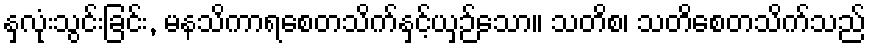
နှလုံးသွင်းခြင်း, မနသိကာရစေတသိက်နှင့်ယှဉ်သော။ သတိစ၊ သတိစေတသိက်သည်